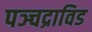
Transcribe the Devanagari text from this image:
पञ्चद्राविड